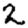
Digit: 2